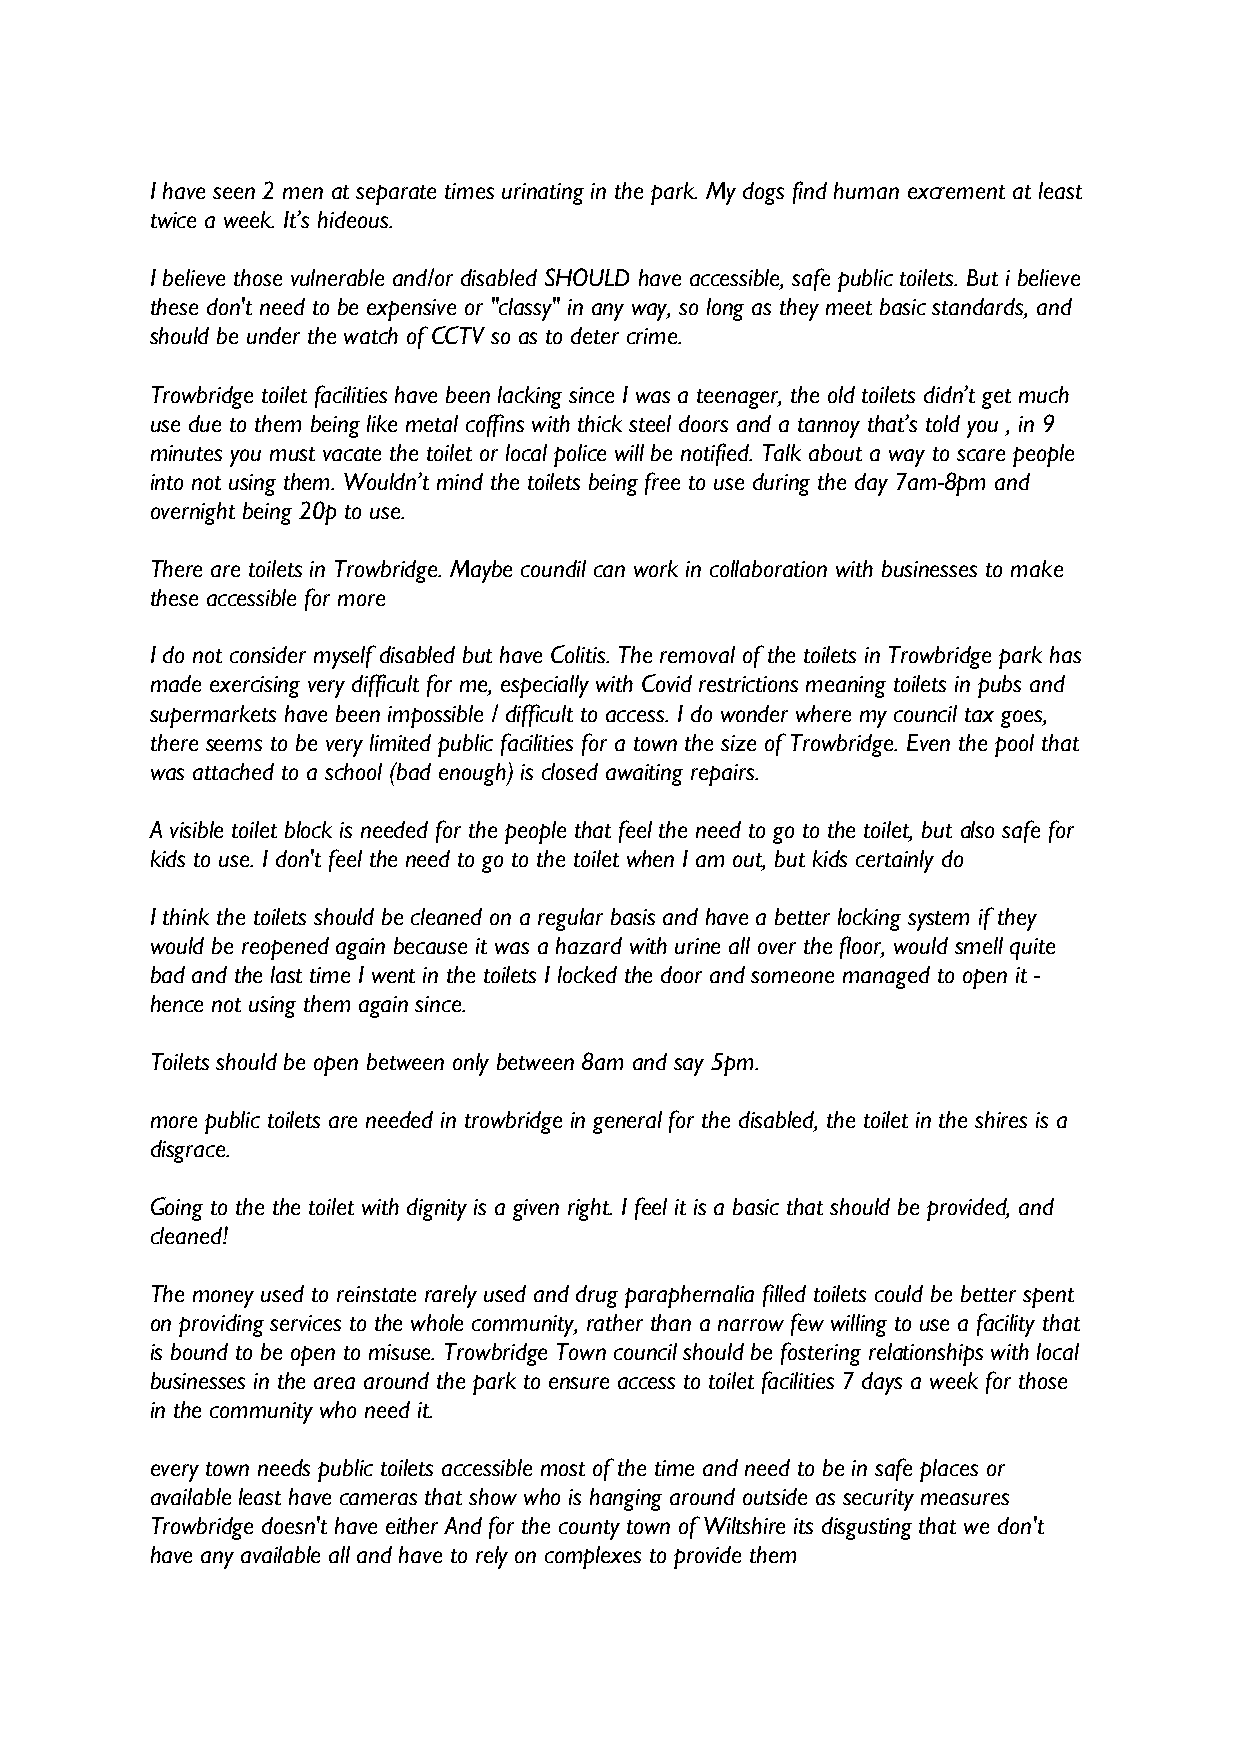
I have seen 2 men at separate times urinating in the park. My dogs find human excrement at least
 twice a week. It’s hideous.
 I believe those vulnerable and/or disabled SHOULD have accessible, safe public toilets. But i believe
 these don't need to be expensive or "classy" in any way, so long as they meet basic standards, and
 should be under the watch of CCTV so as to deter crime.
 Trowbridge toilet facilities have been lacking since I was a teenager, the old toilets didn’t get much
 use due to them being like metal coffins with thick steel doors and a tannoy that’s told you , in 9
 minutes you must vacate the toilet or local police will be notified. Talk about a way to scare people
 into not using them. Wouldn’t mind the toilets being free to use during the day 7am-8pm and
 overnight being 20p to use.
 There are toilets in Trowbridge. Maybe coundil can work in collaboration with businesses to make
 these accessible for more
 I do not consider myself disabled but have Colitis. The removal of the toilets in Trowbridge park has
 made exercising very difficult for me, especially with Covid restrictions meaning toilets in pubs and
 supermarkets have been impossible / difficult to access. I do wonder where my council tax goes,
 there seems to be very limited public facilities for a town the size of Trowbridge. Even the pool that
 was attached to a school (bad enough) is closed awaiting repairs.
 A visible toilet block is needed for the people that feel the need to go to the toilet, but also safe for
 kids to use. I don't feel the need to go to the toilet when I am out, but kids certainly do
 I think the toilets should be cleaned on a regular basis and have a better locking system if they
 would be reopened again because it was a hazard with urine all over the floor, would smell quite
 bad and the last time I went in the toilets I locked the door and someone managed to open it -
 hence not using them again since.
 Toilets should be open between only between 8am and say 5pm.
 more public toilets are needed in trowbridge in general for the disabled, the toilet in the shires is a
 disgrace.
 Going to the the toilet with dignity is a given right. I feel it is a basic that should be provided, and
 cleaned!
 The money used to reinstate rarely used and drug paraphernalia filled toilets could be better spent
 on providing services to the whole community, rather than a narrow few willing to use a facility that
 is bound to be open to misuse. Trowbridge Town council should be fostering relationships with local
 businesses in the area around the park to ensure access to toilet facilities 7 days a week for those
 in the community who need it.
 every town needs public toilets accessible most of the time and need to be in safe places or
 available least have cameras that show who is hanging around outside as security measures
 Trowbridge doesn't have either And for the county town of Wiltshire its disgusting that we don't
 have any available all and have to rely on complexes to provide them